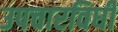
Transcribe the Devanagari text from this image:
उपचारविधी